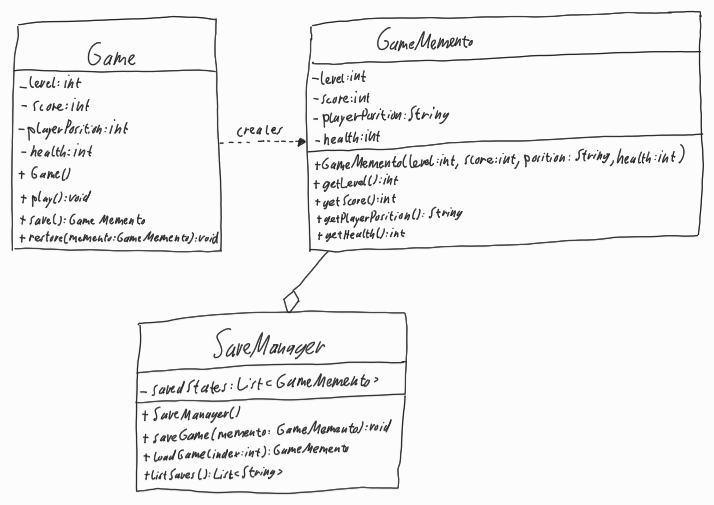
Diagram type: class_diagram
```plantuml
@startuml

class Game {
  - level: int
  - score: int
  - playerPosition: int
  - health: int
  + Game()
  + play(): void
  + save(): GameMemento
  + restore(memento: GameMemento): void
}

class GameMemento {
  - level: int
  - score: int
  - playerPosition: String
  - health: int
  + GameMemento(level: int, score: int, position: String, health: int)
  + getLevel(): int
  + getScore(): int
  + getPlayerPosition(): String
  + getHealth(): int
}

class SaveManager {
  - savedStates: List<GameMemento>
  + SaveManager()
  + saveGame(memento: GameMemento): void
  + loadGame(index: int): GameMemento
  + listSaves(): List<String>
}

Game .right.> GameMemento : creates

GameMemento --o SaveManager

@enduml
```